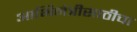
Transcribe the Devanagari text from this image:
आभिनेत्रीसाठीचा